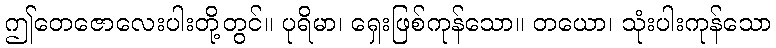
ဤတေဇောလေးပါးတို့တွင်။ ပုရိမာ၊ ရှေးဖြစ်ကုန်သော။ တယော၊ သုံးပါးကုန်သော